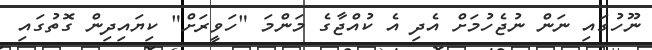
ނޫހުގައި ނަން ނުޖެހުމަށް އެދި އެ ކުއްޖާގެ މަންމަ "ހަވީރަށް" ކިޔައިދިން ގޮތުގައި